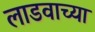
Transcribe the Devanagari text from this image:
लाडवाच्या